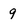
Character: 9